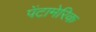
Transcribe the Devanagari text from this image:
पेंटामेरिक